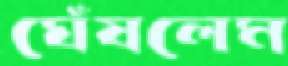
ঘেঁষলেম